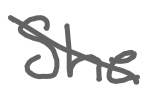
Text: She
Cross-out: diagonal
Writing tool: digital_gray